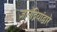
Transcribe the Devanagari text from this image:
ज्ञानेंद्रियांद्वारे